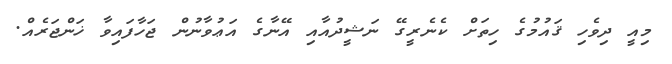
މިއީ ދިވެހި ޤައުމުގެ ހިތަށް ކެނެރީގޭ ނަޝީދުއާއި އޭނާގެ އަޢުވާނުން ޖަހާފައިވާ ޚަންޖަރެއް.